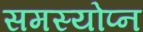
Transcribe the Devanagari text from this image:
समस्योप्न